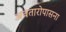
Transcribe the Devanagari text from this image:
अवतारोपासना